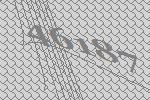
46187